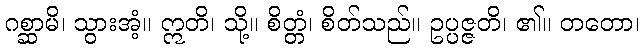
ဂစ္ဆာမိ၊ သွားအံ့။ ဣတိ၊ သို့။ စိတ္တံ၊ စိတ်သည်။ ဥပ္ပဇ္ဇတိ၊ ၏။ တတော၊